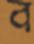
ব